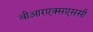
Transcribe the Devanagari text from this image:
वीआरएक्सएससी